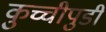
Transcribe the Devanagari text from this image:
कुच्चीपुडी